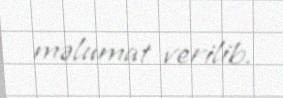
məlumat verilib.